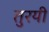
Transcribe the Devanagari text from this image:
तुरयी